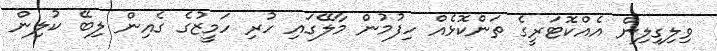
ވިލިގިލިން އެއްކޮޓަރީގެ ތަންކޮޅެއް ހިފުމުން މާލޭގައި ހުރި ހަމީޒުގެ ގެއިން ލިބޭ ކުލިން